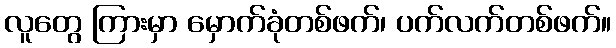
လူတွေ ကြားမှာ မှောက်ခုံတစ်ဖက်၊ ပက်လက်တစ်ဖက်။